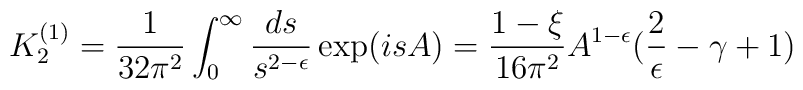
K^{(1)}_2=\frac{1}{32\pi^2}\int_0^{\infty}\frac{ds}{s^{2-\epsilon}}\exp(isA)=\frac{1-\xi}{16\pi^2}A^{1-\epsilon}(\frac{2}{\epsilon}-\gamma+1)